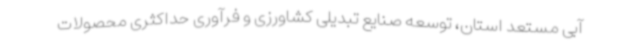
آبی مستعد استان، توسعه صنایع تبدیلی کشاورزی و فرآوری حداکثری محصولات